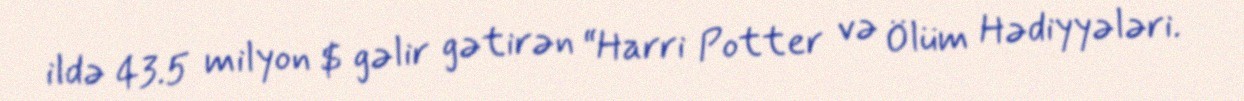
ildə 43.5 milyon $ gəlir gətirən “Harri Potter və Ölüm Hədiyyələri.